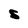
Character: S